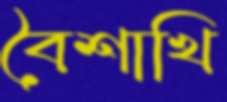
বৈশাখি